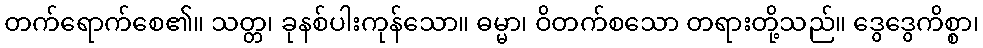
တက်ရောက်စေ၏။ သတ္တ၊ ခုနစ်ပါးကုန်သော။ ဓမ္မာ၊ ဝိတက်စသော တရားတို့သည်။ ဒွေဒွေကိစ္စာ၊